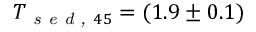
T _ { \textit { s e d , } 4 5 } = ( 1 . 9 \pm 0 . 1 )